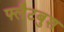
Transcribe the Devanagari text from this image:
फ्लैटबुश